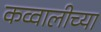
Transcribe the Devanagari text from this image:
कव्वालीच्या